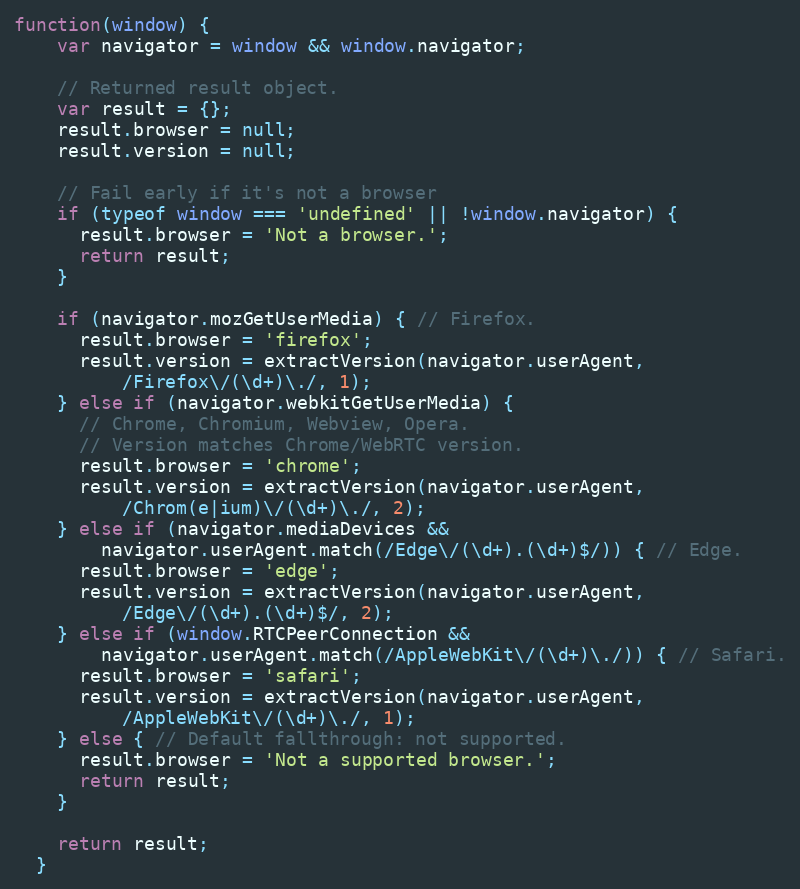
Language: JavaScript
function(window) {
    var navigator = window && window.navigator;

    // Returned result object.
    var result = {};
    result.browser = null;
    result.version = null;

    // Fail early if it's not a browser
    if (typeof window === 'undefined' || !window.navigator) {
      result.browser = 'Not a browser.';
      return result;
    }

    if (navigator.mozGetUserMedia) { // Firefox.
      result.browser = 'firefox';
      result.version = extractVersion(navigator.userAgent,
          /Firefox\/(\d+)\./, 1);
    } else if (navigator.webkitGetUserMedia) {
      // Chrome, Chromium, Webview, Opera.
      // Version matches Chrome/WebRTC version.
      result.browser = 'chrome';
      result.version = extractVersion(navigator.userAgent,
          /Chrom(e|ium)\/(\d+)\./, 2);
    } else if (navigator.mediaDevices &&
        navigator.userAgent.match(/Edge\/(\d+).(\d+)$/)) { // Edge.
      result.browser = 'edge';
      result.version = extractVersion(navigator.userAgent,
          /Edge\/(\d+).(\d+)$/, 2);
    } else if (window.RTCPeerConnection &&
        navigator.userAgent.match(/AppleWebKit\/(\d+)\./)) { // Safari.
      result.browser = 'safari';
      result.version = extractVersion(navigator.userAgent,
          /AppleWebKit\/(\d+)\./, 1);
    } else { // Default fallthrough: not supported.
      result.browser = 'Not a supported browser.';
      return result;
    }

    return result;
  }